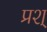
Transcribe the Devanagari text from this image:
प्रश्